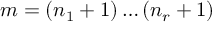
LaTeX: m = ( n _ { 1 } + 1 ) \dots ( n _ { r } + 1 )